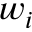
w _ { i }